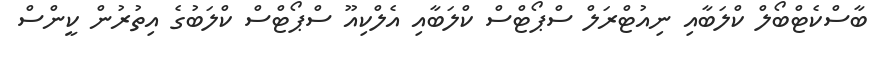
ބާސްކެޓްބޯލް ކްލަބާއި ނިއުޓްރަލް ސްޕޯޓްސް ކްލަބާއި އެލްކިއޫ ސްޕޯޓްސް ކްލަބުގެ އިތުރުން ކީންސް